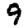
Digit: 9